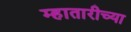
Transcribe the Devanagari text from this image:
म्हातारीच्या